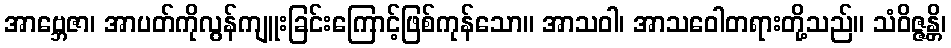
အာဗ္ဘေဇာ၊ အာပတ်ကိုလွန်ကျူးခြင်းကြောင့်ဖြစ်ကုန်သော။ အာသဝါ၊ အာသဝေါတရားတို့သည်။ သံဝိဇ္ဇန္တိ၊